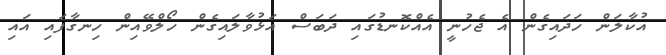
އުކާލަން ހަދައިގެން އެ ޖެހުނީ އެއްކޮނޑުގައި ދަބަސް އަޅުވާލައިގެން ހޯލްވޭއިން ހިނގާފައި އައި